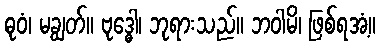
ဓုဝံ၊ မချွတ်။ ဗုဒ္ဓေါ၊ ဘုရားသည်။ ဘဝါမိ၊ ဖြစ်ရအံ့။